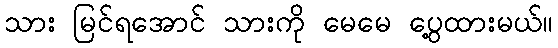
သား မြင်ရအောင် သားကို မေမေ ပွေ့ထားမယ်။